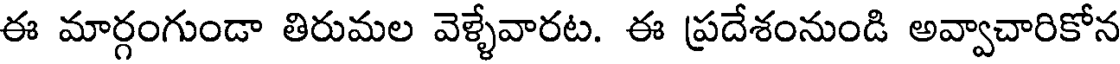
ఈ మార్గంగుండా తిరుమల వెళ్ళేవారట. ఈ ప్రదేశంనుండి అవ్వాచారికోన